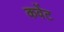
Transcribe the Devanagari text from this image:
कवेंट